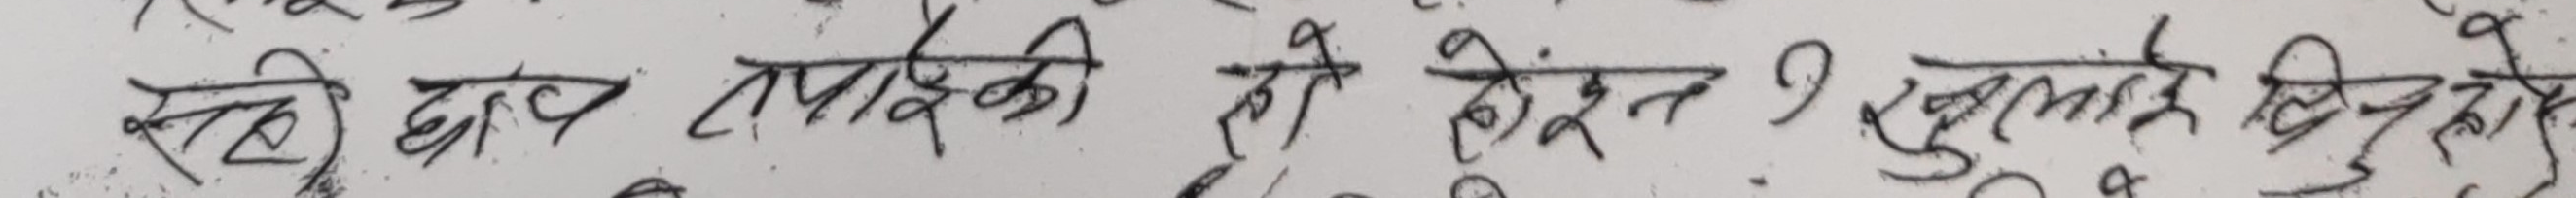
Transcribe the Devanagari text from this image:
सबै ठाउँ तपाईंको होइन र? खुल्दै दिने हो